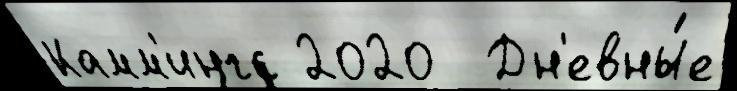
Камм'ингс 2020  Дн'евны́е